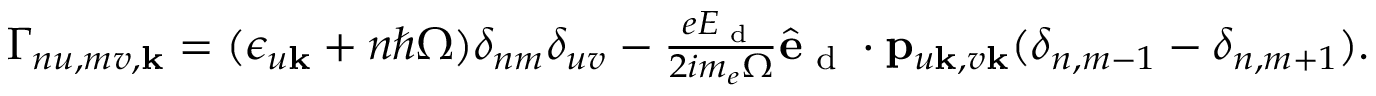
\begin{array} { r } { \Gamma _ { n u , m v , \mathbf { k } } = ( \epsilon _ { u \mathbf { k } } + n \hbar \Omega ) \delta _ { n m } \delta _ { u v } - \frac { e E _ { \textrm { d } } } { 2 i m _ { e } \Omega } \hat { \mathbf { e } } _ { \textrm { d } } \cdot \mathbf { p } _ { u \mathbf { k } , v \mathbf { k } } ( \delta _ { n , m - 1 } - \delta _ { n , m + 1 } ) . } \end{array}